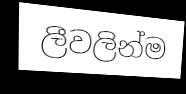
ලීවලින්ම